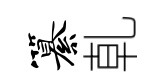
纂乹